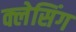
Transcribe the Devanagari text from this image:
क्लेसिंग